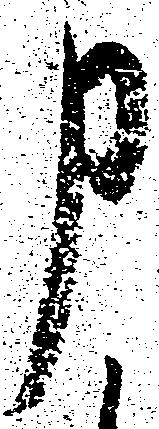
申